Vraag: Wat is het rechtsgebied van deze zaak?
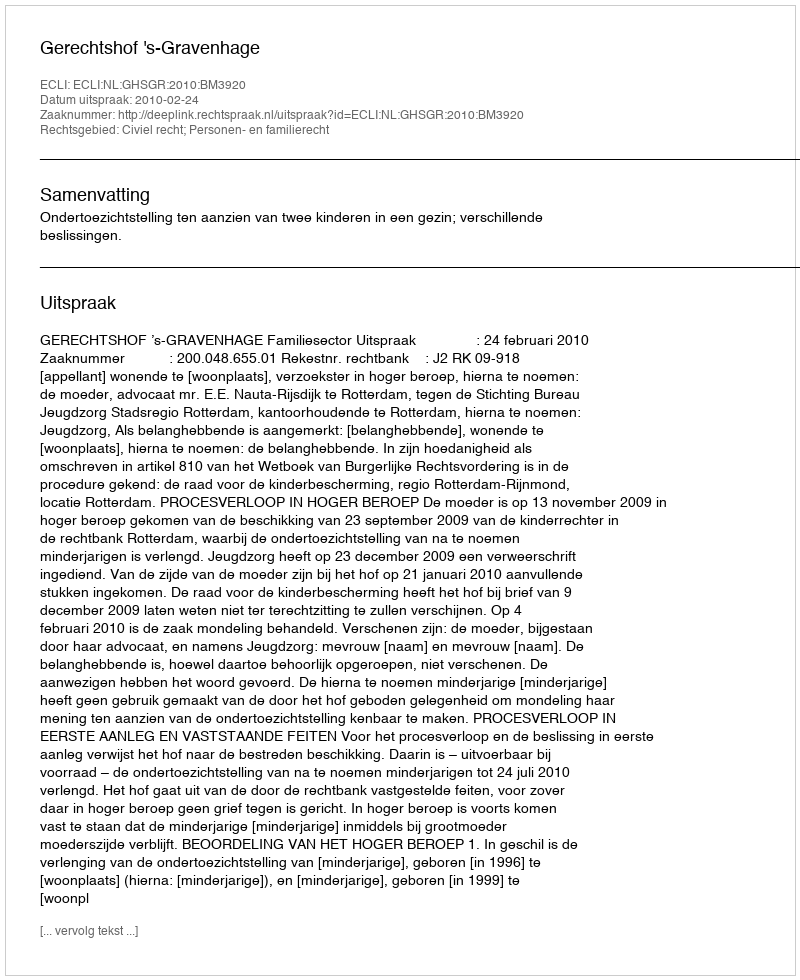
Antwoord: Civiel recht; Personen- en familierecht